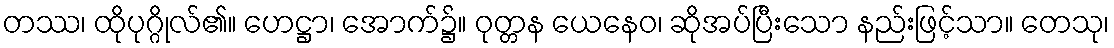
တဿ၊ ထိုပုဂ္ဂိုလ်၏။ ဟေဋ္ဌာ၊ အောက်၌။ ဝုတ္တန ယေနေဝ၊ ဆိုအပ်ပြီးသော နည်းဖြင့်သာ။ တေသု၊